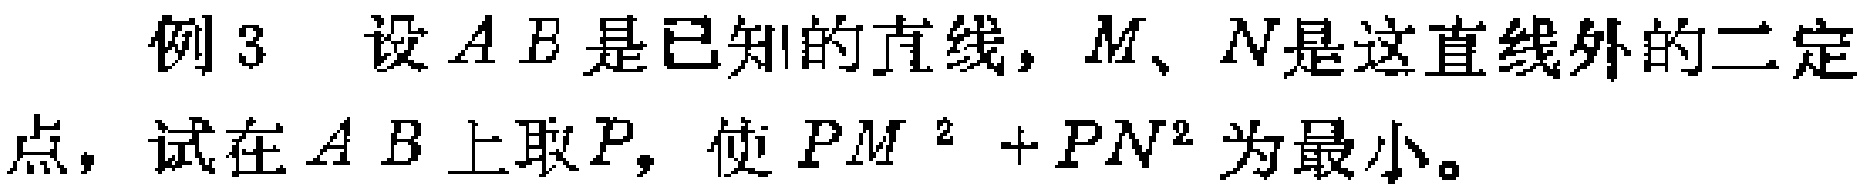
例3 设 \(AB\) 是已知的直线，\(M\)、\(N\)是这直线外的二定点，试在 \(AB\) 上取 \(P\)，使 \(PM^{2}+PN^{2}\) 为最小。